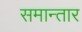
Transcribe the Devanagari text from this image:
समान्तार